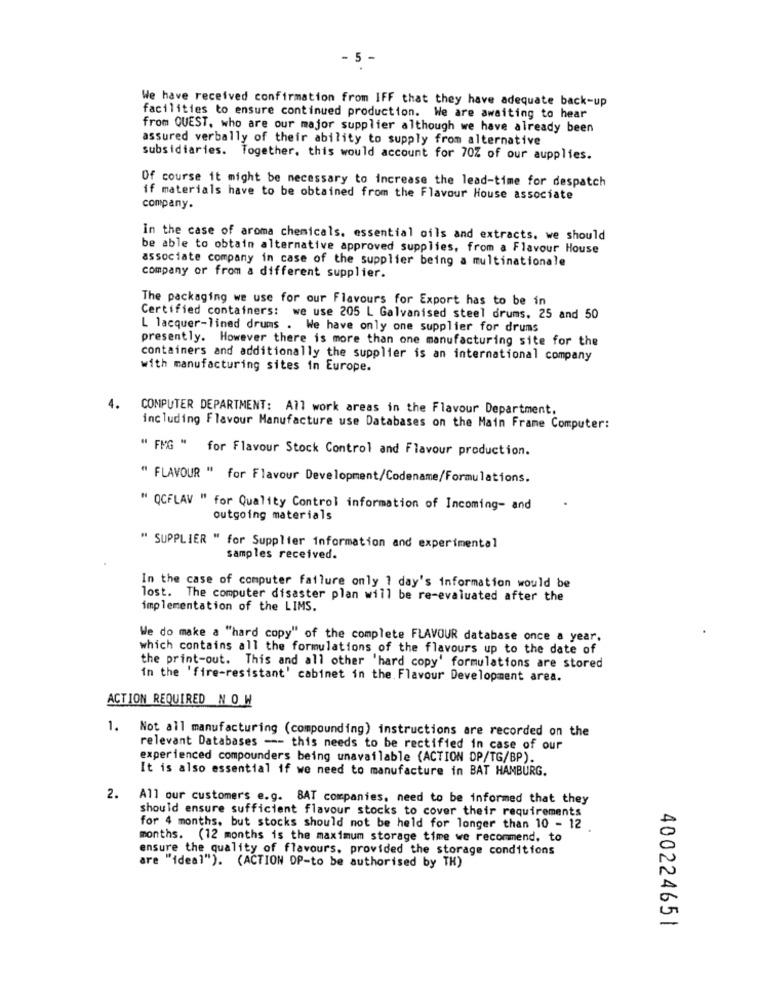
5
We have received confirmation from IFF that they have adequate back-up
facilities to ensure continued production. We are awaiting to hear
from QUEST, who are our major supplier although we have already been
assured verbally of their ability to supply from alternative
subsidiaries. Together, this would account for 70Z of our aupplies.
Of course it might be necessary to increase the lead-time for despatch
if materials have to be obtained from the Flavour House associate
company.
in the case of aroma chemicals, essential oils and extracts. we should
be able to obtain alternative approved supplies, from a Flavour House
associate company in case of the supplier being a multinationale
company or from a different supplier.
The packaging we use for our Flavours for Export has to be in
Certified containers: we use 205 L Galvanised steel drums, 25 and 50
L lacquer-lined drums . We have only one supplier for drums
presently. However there is more than one manufacturing site for the
containers and additionally the supplier is an international company
with manufacturing sites in Europe.
4. COMPUTER DEPARTMENT: All work areas in the Flavour Department,
including Flavour Manufacture use Databases on the Main Frame Computer:
" FMG " for Flavour Stock Control and Flavour production.
" FLAVOUR " for Flavour Development/Codename/Formulations.
" QCFLAV " for Quality Control information of Incoming- and
outgoing materials
" SUPPLIER " for Supplier information and experimental
samples received.
In the case of computer failure only 1 day's information would be
lost. The computer disaster plan will be re-evaluated after the
implementation of the LIMS.
We do make a "hard copy" of the complete FLAVOUR database once a year,
which contains all the formulations of the flavours up to the date of
the print-out. This and all other 'hard copy' formulations are stored
in the 'fire-resistant' cabinet in the. Flavour Development area.
ACTION REQUIRED NOW
1. Not all manufacturing (compounding) instructions are recorded on the
relevant Databases -- this needs to be rectified in case of our
experienced compounders being unavailable (ACTION DP/TG/BP).
It is also essential if we need to manufacture in BAT HAMBURG.
2.
All our customers e.g. BAT companies, need to be informed that they
should ensure sufficient flavour stocks to cover their requirements
for 4 months, but stocks should not be held for longer than 10 - 12
months. (12 months is the maximum storage time we recommend, to
ensure the quality of flavours, provided the storage conditions
are "ideal"). (ACTION DP-to be authorised by TH)
400224651